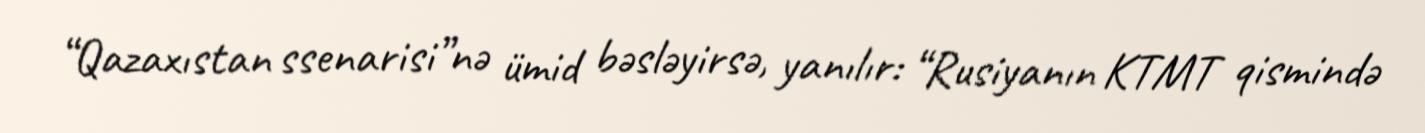
“Qazaxıstan ssenarisi”nə ümid bəsləyirsə, yanılır: “Rusiyanın KTMT qismində